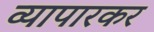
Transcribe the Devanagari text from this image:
व्यापारकर